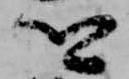
卿